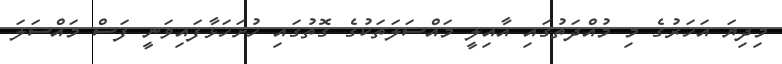
މިދިޔަ އަހަރުގެ މި މުއްދަތުގައި އާއިލީ މައްސަލަތަކުގެ ގޮތުގައި ހުށަހަޅާފައިވަނީ ފަސް މައްސަލަ